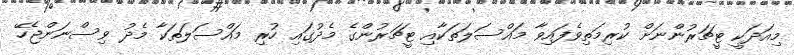
މިއަދަކީ ޓީޗަރުންނަށް ކުރިމަތިވެފައިވާ މައްސަލަތަކާއި ޓީޗަރުންގެ މެދުގައި ހުރި މައްސަލަތަކާ މެދު ވިސްނަންޖެހޭ